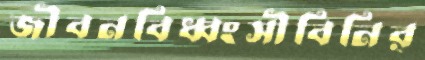
জীবনবিধ্বংসীবিনির্